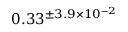
0 . 3 3 ^ { \pm 3 . 9 \times 1 0 ^ { - 2 } }